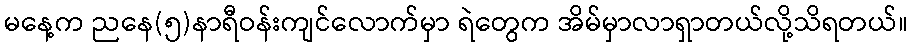
မနေ့က ညနေ(၅)နာရီဝန်းကျင်လောက်မှာ ရဲတွေက အိမ်မှာလာရှာတယ်လို့သိရတယ်။